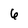
Character: 6